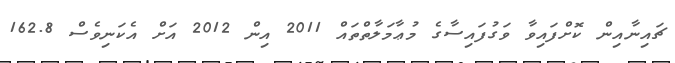
ޗައިނާއިން ކޮށްފައިވާ ވަގުފައިސާގެ މުޢާމަލާތްތައް 2011 އިން 2012 އަށް އެކަނިވެސް 162.8